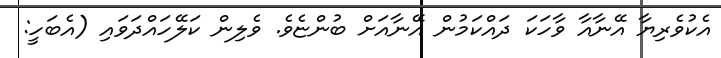
އެކުވެރިޔާ އޭނާއާ ވާހަކަ ދައްކަމުން އޭނާއަށް ބުންޏެވެ. ވެލިން ކަލޭހައްދަވައި (އެބަހީ: